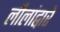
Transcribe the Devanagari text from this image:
लीलांद्वारे